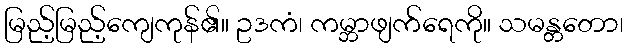
မြည့်မြည့်ကျေကုန်၏။ ဥဒကံ၊ ကမ္ဘာဖျက်ရေကို။ သမန္တတော၊